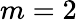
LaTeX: m=2